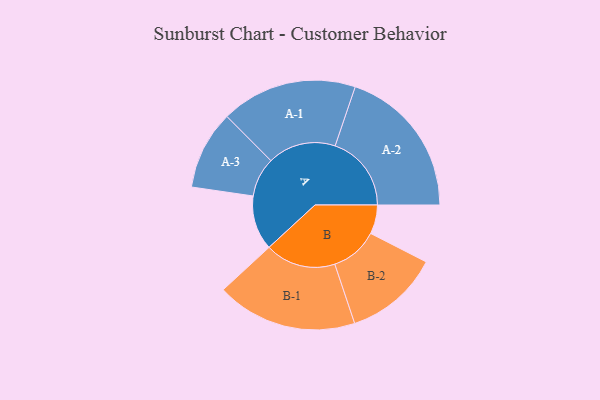
{"axis": {"x": "Segment", "y": "Value"}, "legend": ["", "A", "B"], "data": [{"x": "A", "y": 209, "type": ""}, {"x": "B", "y": 111, "type": ""}, {"x": "A-1", "y": 261, "type": "A"}, {"x": "A-2", "y": 292, "type": "A"}, {"x": "A-3", "y": 151, "type": "A"}, {"x": "B-1", "y": 270, "type": "B"}, {"x": "B-2", "y": 182, "type": "B"}]}